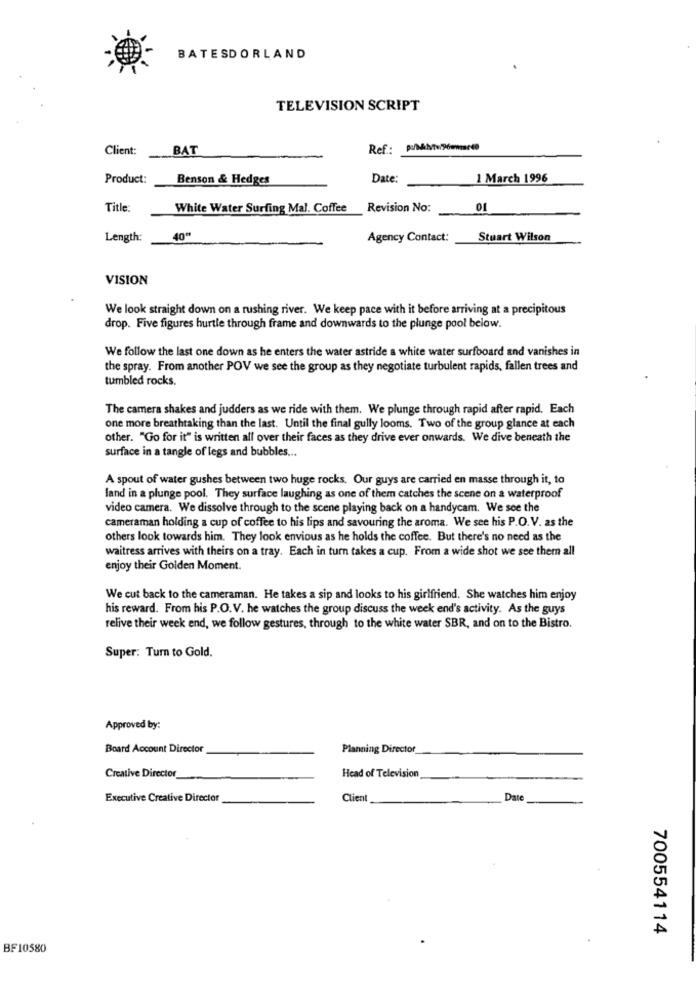
BATESDORLAND
TELEVISION SCRIPT
Client:
BAT
Product:
Benson & Hedges
Date:
1 March 1996
Title:
White Water Surfing Mal. Coffee
Revision No:
01
Length:
40"
Agency Contact:
Stuart Wilson
VISION
We look straight down on a rushing river. We keep pace with it before arriving at a precipitous
drop. Five figures hurtle through frame and downwards to the plunge pool below.
We follow the last one down as he enters the water astride a white water surfboard and vanishes in
the spray. From another POV we see the group as they negotiate turbulent rapids, fallen trees and
tumbled rocks.
The camera shakes and judders as we ride with them. We plunge through rapid after rapid. Each
one more breathtaking than the last. Until the final gully looms. Two of the group glance at each
other. "Go for it" is written all over their faces as they drive ever onwards. We dive beneath the
surface in a tangle of legs and bubbles ...
A spout of water gushes between two huge rocks. Our guys are carried en masse through it, to
land in a plunge pool. They surface laughing as one of them catches the scene on a waterproof
video camera. We dissolve through to the scene playing back on a handycam. We see the
cameraman holding a cup of coffee to his lips and savouring the aroma. We see his P.O.V. as the
others look towards him. They look envious as he holds the coffee. But there's no need as the
waitress arrives with theirs on a tray. Each in turn takes a cup. From a wide shot we see them all
enjoy their Golden Moment.
We cut back to the cameraman. He takes a sip and looks to his girlfriend. She watches him enjoy
his reward. From his P.O.V. he watches the group discuss the week end's activity. As the guys
relive their week end, we follow gestures, through to the white water SBR, and on to the Bistro.
Super: Turn to Gold.
Approved by:
Board Account Director
Planning Director
Head of Television
Creative Director
Executive Creative Director
Client
Date
700554114
BF10580